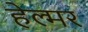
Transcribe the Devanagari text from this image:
हेल्मर